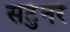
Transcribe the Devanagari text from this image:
सर्टुनर्र